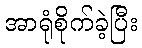
အာရုံစိုက်ခဲ့ပြီး